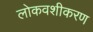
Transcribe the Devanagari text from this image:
लोकवशीकरण